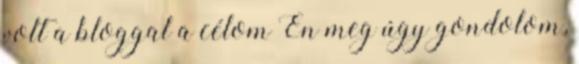
volt a bloggal a célom Én meg úgy gondolom,